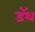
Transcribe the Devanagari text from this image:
डॅथ